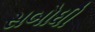
સબોધી